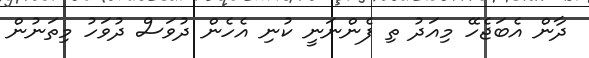
ދާން އެބަޖެހޭ މިއަދު ތި ފެންނަނީ ކުނި އެހެން ދުވަސް ދުވަހު މިތަނުން